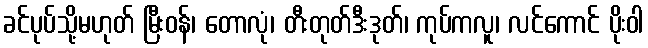
ခင်ပုပ်သို့မဟုတ် မြီးဝန်၊ တောလုံ၊ တီးတုတ်ဒီးဒုတ်၊ ကုပ်ကလူ၊ လင်ကောင် ပိုးဝါ